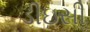
ડીઇસી